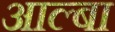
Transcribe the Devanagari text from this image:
आल्बा